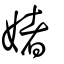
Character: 媎